Indian journal of veterinary science and animal husbandry - Volumes 15-17, 1948-1951
Year: 1948
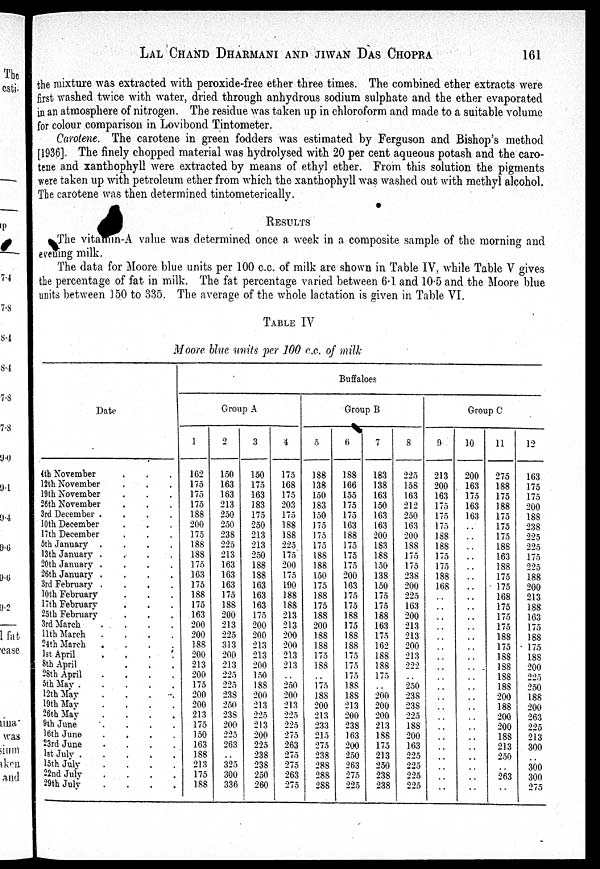
LAL CHAND DHARMANI AND JIWAN DAS CHOPRA
161
the mixture was extracted with peroxide-free ether three times. The combined ether extracts were
first washed twice with water, dried through anhydrous sodium sulphate and the ether evaporated
in an atmosphere of nitrogen. The residue was taken up in chloroform and made to a suitable volume
for colour comparison in Lovibond Tintometer.
Carotene. The carotene in green fodders was estimated by Ferguson and Bishop's method
[1936]. The finely chopped material was hydrolysed with 20 per cent aqueous potash and the caro-
tene and xanthophyll were extracted by means of ethyl ether. From this solution the pigments
were taken up with petroleum ether from which the xanthophyll was washed out with methyl alcohol.
The carotene was then determined tintometerically.
RESULTS
The vitamin-A value was determined once a week in a composite sample of the morning and
evening milk.
The data for Moore blue units per 100 c.c. of milk are shown in Table IV, while Table V gives
the percentage of fat in milk. The fat percentage varied between 6.1 and 10.5 and the Moore blue
units between 150 to 335. The average of the whole lactation is given in Table VI.
TABLE IV
Moore blue units per 100 c.c. of milk
Date
4th November . . .
12th November . . .
19th November . .
26th November . .
3rd December
....
10th December . . .
17th December . .
5th January
....
13th January
....
20th January
....
26th January
....
3rd February
....
10th February
17th February
25th February
3rd March
....
11th March
....
24th March
. . . .
1st April
....
8th April . . .
28th April . . .
5th
May
12th May . . .
19th May .
.
.
.
26th May . . .
9th June
. . . .
16th June
....
23rd June
. . .
1st July
l5th
July
....
22nd July
.
.
.
29th July
. . . .
Buffaloes
Group A
1
162
175
175
175
188
200
175
188
188
175
163
175
188
175
163
200
200
188
200
213
200
175
200
200
213
175
150
163
188
213
175
188
2
150
163
163
213
250
250
238
225
213
163
163
163
175
188
200
213
225
313
200
213
225
225
238
250
238
200
225
263
. .
325
300
336
3
150
175
163
183
175
250
213
213
250
188
188
163
163
163
175
200
200
213
213
200
150
188
200
213
225
213
200
225
238
238
250
260
4
175
168
175
203
175
188
188
225
175
200
175
190
188
188
213
213
200
200
213
213
. .
250
200
213
225
225
275
263
275
275
263
275
Group B
5
188
138
150
183
150
175
175
175
188
188
150
175
188
175
188
200
188
188
175
188
. .
175
188
200
213
233
215
275
238
288
288
288
6
188
166
155
175
175
163
188
175
175
175
200
163
175
175
188
175
188
188
175
175
175
188
188
213
200
238
163
200
250
263
275
225
7
183
138
163
150
163
163
200
183
188
150
138
150
175
175
188
163
175
162
188
188
175
. .
200
200
200
213
188
175
213
250
238
238
8
225
158
163
212
250
163
200
188
175
175
238
200
225
163
200
213
213
200
213
222
250
238
238
225
188
200
163
225
225
225
225
Group C
9
213
200
163
175
175
175
188
188
175
175
188
168
. .
. .
. .
. .
. .
. .
. .
. .
. .. .
. .
. .
. .
. .
. .
. .
. .
. .
. .
. .
. .
10
200
163
175
163
163
. .
. .
. .
. .
. .
. .
. .
. .
. .
. .
. .. .
. .
. .
. .
. .
. .
. .
. .
. .
. .
. .
. .
. .
. .
. .
. .
. .
11
275
188
175
188
175
175
175
188
163
188
175
175
168
175
175
175
188
175
188
188
188
188
200
188
200
200
188
213
250
. .
263
. .
12
163
175
175
200
188
238
225
225
175
225
188
200
213
188
163
175
188
175
188
200
225
250
188
200
263
225
213
300
. .
300
300
275